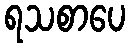
ရသစာပေ